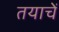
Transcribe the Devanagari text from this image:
तयाचें